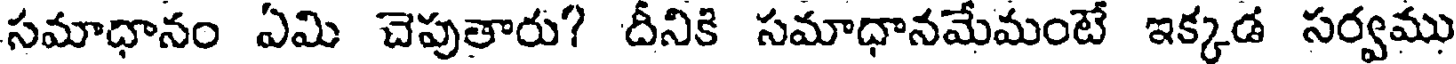
సమాధానం ఏమి చెపుతారు? దీనికి సమాధానమేమంటే ఇక్కడ సర్వము